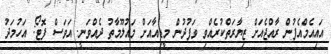
އައިއެމްއެފުން ރާއްޖެއަށް ޒިޔާރަތްކުރެއްވި ވަފުދުން މީޑިއާއަށް މައުލޫމާތު ދެއްވަނީ. އަވަސް ފޮޓޯ: އަހުމަދު